Sanitation, dispensaries and jails vaccination Rajputana 1922-1927 - 1922-1927
Year: 1922
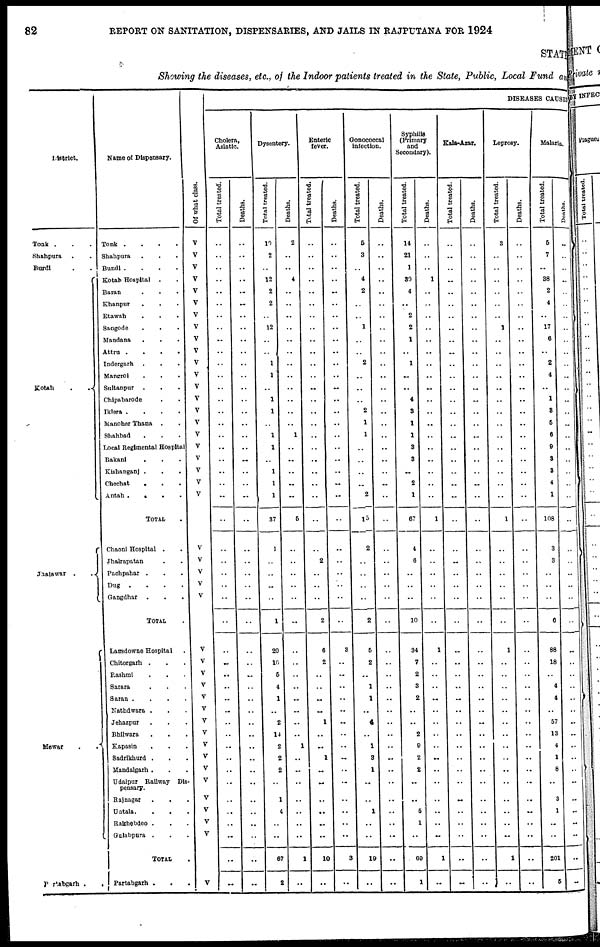
82
REPORT ON SANITATION, DISPENSARIES, AND JAILS IN RAJPUTANA FOR 1924
STATE
Showing the diseases, etc., of the Indoor patients treated in the State, Public, Local Fund and
District.
Tonk . . .
Shahpura
. .
Bundi . .
Kotah
.
.
Jhalawar .
.
Mewar
.
.
Partabgarh .
.
Name of Dispensary.
Tonk .
.
.
.
Shahpura . . .
Bundi .
.
.
.
Kotah Hospital
. .
Baran . . .
Khanpur
. . .
Etawah . . .
Sangode . . .
Mandana . . .
Attru .
.
.
.
Indergarh . . .
Mangrol . . .
Sultanpur
. . .
Chipabarode . .
Iklera .
.
.
.
Manoher Thana
. .
Shahbad . . .
Local Regimental Hospital
Bakani . . .
Kishanganj . . .
Chechat
. . .
Antah .
.
.
.
TOTAL .
Chaoni Hospital . .
Jhalrapatan . .
Pachpahar . . .
Dug
.
.
.
.
Gangdhar . . .
TOTAL .
Lansdowne Hospital .
Chitorgarh . . .
Rashmi . . .
Sarara . . .
Saran .
.
.
.
Nathdwara . . .
Jehazpur . . .
Bhilwara . . .
Kapasin
. . .
Sadrikhurd . . .
Mandalgarh . . .
Udaipur Railway Dis-
pensary.
Rajnagar . . .
Untala. . . .
Rakhebdeo . . .
Gulabpura . . .
TOTAL .
Partabgarh . . .
Of what class.
V
V
V
V
V
V
V
V
V
V
V
V
V
V
V
V
V
V
V
V
V
V
V
V
V
V
V
..
V
V
V
V
V
V
V
V
V
V
V
V
V
V
V
V
V
DISEASES CAUSED
Cholera,
Asiatic.
Total treated.
..
..
..
..
..
..
..
..
..
..
..
..
..
..
..
..
..
..
..
..
..
..
..
..
..
..
..
..
..
..
..
..
..
..
..
..
..
..
..
..
..
..
..
..
..
..
..
Deaths.
..
..
..
..
..
..
..
..
..
..
..
..
..
..
..
..
..
..
..
..
..
..
..
..
..
..
..
..
..
..
..
..
..
..
..
..
..
..
..
..
..
..
..
..
..
..
..
Dysentery.
Total treated.
10
2
..
12
2
2
..
12
..
..
1
1
..
1
1
..
1
1
..
1
1
1
37
1
..
..
..
..
1
20
10
5
4
1
..
2
14
2
2
2
..
1
4
..
..
67
2
Deaths.
2
..
..
4
..
..
..
..
..
..
..
..
..
..
..
..
1
..
..
..
..
..
5
..
..
..
..
..
..
..
..
..
..
..
..
..
..
1
..
..
..
..
..
..
..
1
..
Enteric
fever.
Total treated.
..
..
..
..
..
..
..
..
..
..
..
..
..
..
..
..
..
..
..
..
..
..
..
..
2
..
..
..
2
6
2
..
..
..
..
1
..
..
1
..
..
..
..
..
..
10
..
Deaths.
..
..
..
..
..
..
..
..
..
..
..
..
..
..
..
..
..
..
..
..
..
..
..
..
..
..
..
..
..
3
..
..
..
..
..
..
..
..
..
..
..
..
..
..
..
3
..
Gonococcal
Infection.
Total treated.
5
3
..
4
2
..
..
1
..
..
2
..
..
..
2
1
1
..
..
..
..
2
15
2
..
..
..
..
2
5
2
..
1
1
..
4
..
1
3
1
..
..
1
..
..
19
..
Deaths.
..
..
..
..
..
..
..
..
..
..
..
..
..
..
..
..
..
..
..
..
..
..
..
..
..
..
..
..
..
..
..
..
..
..
..
..
..
..
..
..
..
..
..
..
..
..
..
Syphilis
(Primary
and
Secondary).
Total treated.
14
21
1
39
4
..
2
2
1
..
1
..
..
4
3
1
1
3
3
..
2
1
67
4
6
..
..
..
10
34
7
2
3
2
..
..
2
9
2
2
..
..
5
1
..
69
1
Deaths.
..
..
..
1
..
..
..
..
..
..
..
..
..
..
..
..
..
..
..
..
..
..
1
..
..
..
..
..
..
1
..
..
..
..
..
..
..
..
..
..
..
..
..
..
..
1
..
Kala-Azar.
Total treated.
..
..
..
..
..
..
..
..
..
..
..
..
..
..
..
..
..
..
..
..
..
..
..
..
..
..
..
..
..
..
..
..
..
..
..
..
..
..
..
..
..
..
..
..
..
..
..
Deaths.
..
..
..
..
..
..
..
..
..
..
..
..
..
..
..
..
..
..
..
..
..
..
..
..
..
..
..
..
..
..
..
..
..
..
..
..
..
..
..
..
..
..
..
..
..
..
..
Leprosy.
Total treated.
3
..
..
..
..
..
..
1
..
..
..
..
..
..
..
..
..
..
..
..
..
..
1
..
..
..
..
..
..
1
..
..
..
..
..
..
..
..
..
..
..
..
..
..
..
1
..
Deaths.
..
..
..
..
..
..
..
..
..
..
..
..
..
..
..
..
..
..
..
..
..
..
..
..
..
..
..
..
..
..
..
..
..
..
..
..
..
..
..
..
..
..
..
..
..
..
..
Malaria.
Total treated.
5
7
..
38
2
4
..
17
6
..
2
4
..
1
3
5
6
9
3
3
4
1
108
3
3
..
..
..
6
88
18
..
4
4
..
67
13
4
1
8
..
3
1
..
..
201
5
Deaths.
..
..
..
..
..
..
..
..
..
..
..
..
..
..
..
..
..
..
..
..
..
..
..
..
..
..
..
..
..
..
..
..
..
..
..
..
..
..
..
..
..
..
..
..
..
..
..